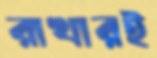
রাখারই